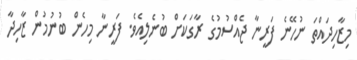
މިޒާހިދައްތަ ނުހޭނެ ފަރީނާ ޖެއްސުމުގެ ރާގަކަށް ބުނެލިއެވެ. ފަރީނާ މިހެން ބުނުމުން ޒާހިދާ